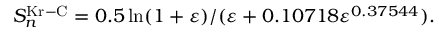
S _ { n } ^ { \mathrm { K r - C } } = 0 . 5 \ln ( 1 + \varepsilon ) / ( \varepsilon + 0 . 1 0 7 1 8 \varepsilon ^ { 0 . 3 7 5 4 4 } ) .